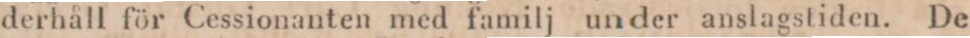
derhåll för Cessionanten med familj under anslagstiden. De